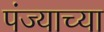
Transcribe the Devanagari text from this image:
पंज्याच्या